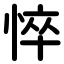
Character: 悴